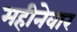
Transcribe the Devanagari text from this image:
महीनेवार